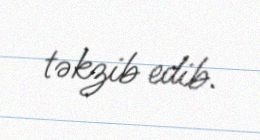
təkzib edib.